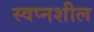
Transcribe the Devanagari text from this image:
स्वप्नशील